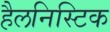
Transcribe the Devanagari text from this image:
हैलनिस्टिक